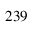
^ { 2 3 9 }